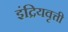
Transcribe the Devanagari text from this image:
इंद्रियवृत्ती